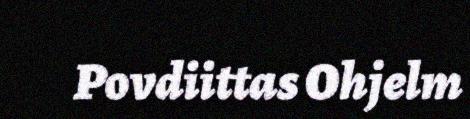
Povdiittas Ohjelm